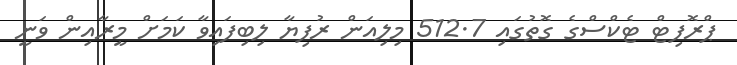
ޕްރޮފިޓް ޓެކްސްގެ ގޮތުގައި 512.7 މިލިއަން ރުފިޔާ ލިބިފައިވާ ކަމަށް މީރާއިން ވަނީ